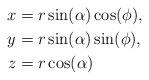
LaTeX: \begin{align*}x &= r \sin (\alpha) \cos(\phi),\\y &= r \sin (\alpha) \sin (\phi),\\z &= r \cos (\alpha)\end{align*}